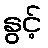
နွင့်